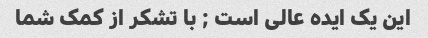
این یک ایده عالی است ; با تشکر از کمک شما